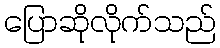
ပြောဆိုလိုက်သည်